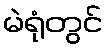
မဲရုံတွင်